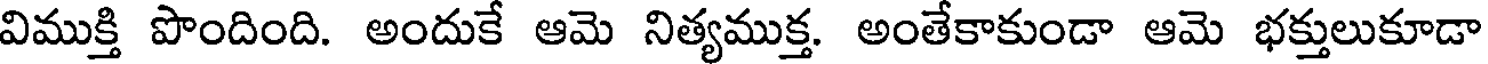
విముక్తి పొందింది. అందుకే ఆమె నిత్యముక్త. అంతేకాకుండా ఆమె భక్తులుకూడా